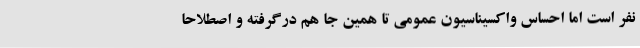
نفر است اما احساس واکسیناسیون عمومی تا همین جا هم درگرفته و اصطلاحاً